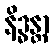
နိဒ္ဓန္တာ